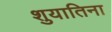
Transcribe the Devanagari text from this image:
शुयातिना